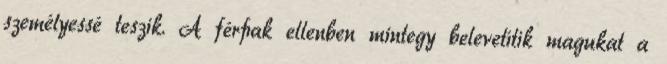
személyessé teszik. A férﬁak ellenben mintegy belevetítik magukat a